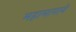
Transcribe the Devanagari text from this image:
महामागाने